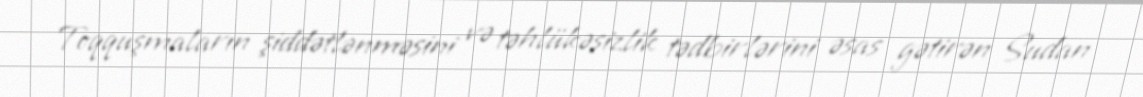
Toqquşmaların şiddətlənməsini və təhlükəsizlik tədbirlərini əsas gətirən Sudan